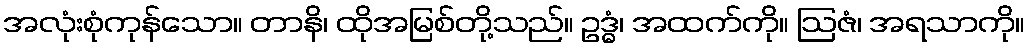
အလုံးစုံကုန်သော။ တာနိ၊ ထိုအမြစ်တို့သည်။ ဥဒ္ဓံ၊ အထက်ကို။ ဩဇံ၊ အရသာကို။